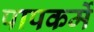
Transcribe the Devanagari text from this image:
पापकर्मे